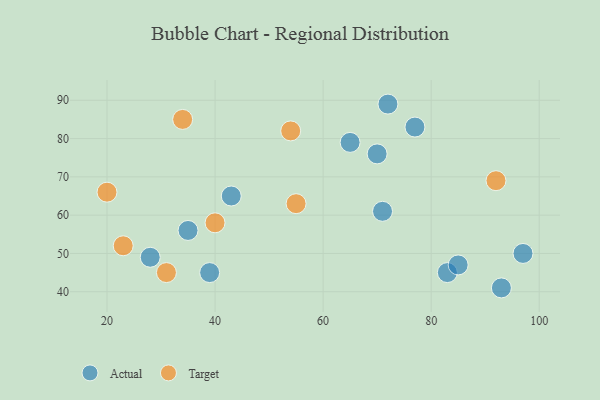
{"axis": {"x": "GDP", "y": "Life Expectancy"}, "legend": ["Actual", "Target"], "data": [{"x": "83", "y": 45, "type": "Actual"}, {"x": "39", "y": 45, "type": "Actual"}, {"x": "93", "y": 41, "type": "Actual"}, {"x": "28", "y": 49, "type": "Actual"}, {"x": "71", "y": 61, "type": "Actual"}, {"x": "77", "y": 83, "type": "Actual"}, {"x": "72", "y": 89, "type": "Actual"}, {"x": "43", "y": 65, "type": "Actual"}, {"x": "85", "y": 47, "type": "Actual"}, {"x": "70", "y": 76, "type": "Actual"}, {"x": "65", "y": 79, "type": "Actual"}, {"x": "35", "y": 56, "type": "Actual"}, {"x": "97", "y": 50, "type": "Actual"}, {"x": "92", "y": 69, "type": "Target"}, {"x": "20", "y": 66, "type": "Target"}, {"x": "34", "y": 85, "type": "Target"}, {"x": "31", "y": 45, "type": "Target"}, {"x": "55", "y": 63, "type": "Target"}, {"x": "54", "y": 82, "type": "Target"}, {"x": "23", "y": 52, "type": "Target"}, {"x": "40", "y": 58, "type": "Target"}]}